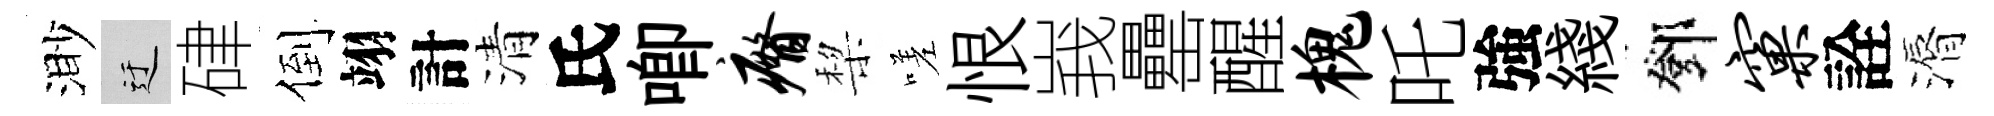
渺迂硉倒翊計清氏唧瘠棃嗟恨峩罍醒槐吒強綫鄧窠詮漘